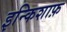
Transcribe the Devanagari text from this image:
इन्किशाफ़